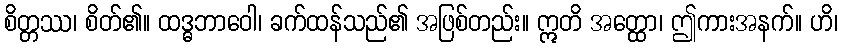
စိတ္တဿ၊ စိတ်၏။ ထဒ္ဓဘာဝေါ၊ ခက်ထန်သည်၏ အဖြစ်တည်း။ ဣတိ အတ္ထော၊ ဤကားအနက်။ ဟိ၊